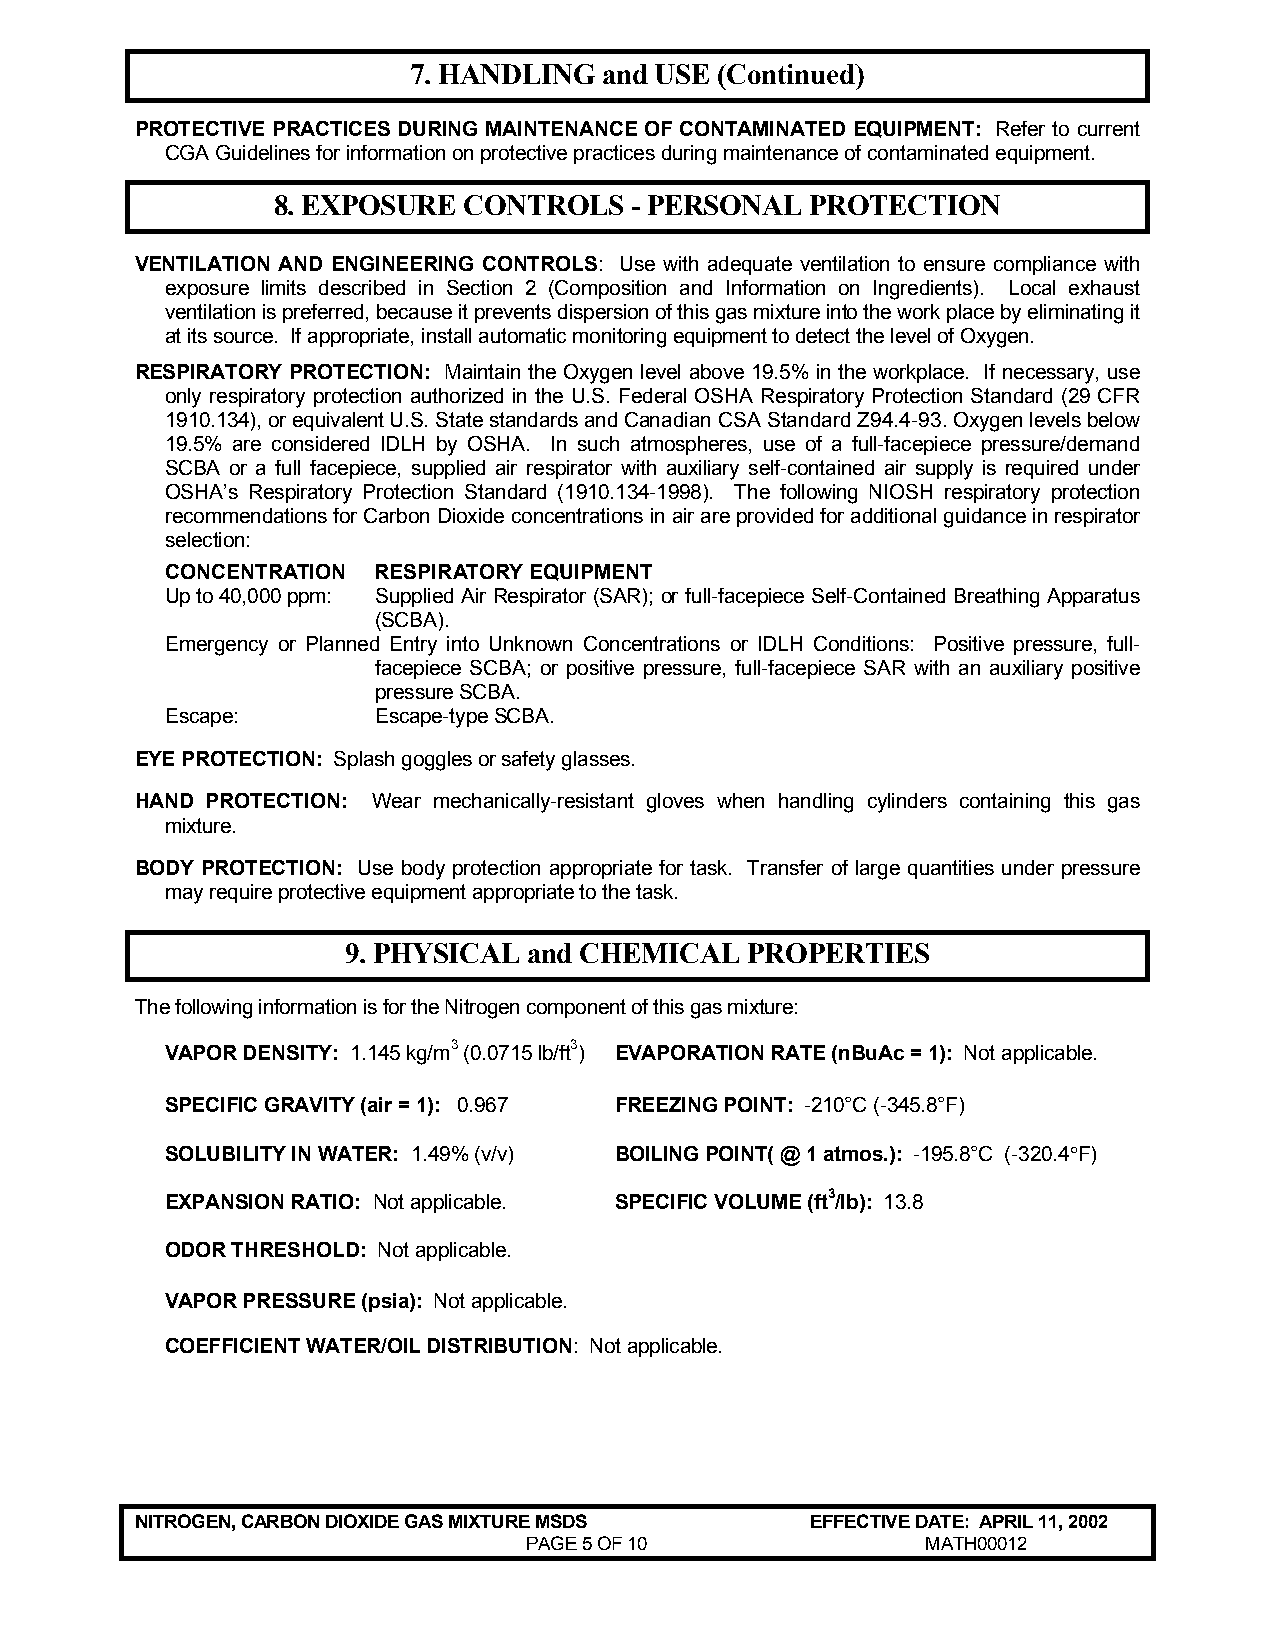
7. HANDLING  and USE (Continued)
 PROTECTIVE PRACTICES DURING MAINTENANCE OF CONTAMINATED EQUIPMENT: Refer to current
 CGA Guidelines for information on protective practices during maintenance of contaminated equipment.
 8. EXPOSURE  CONTROLS   - PERSONAL  PROTECTION
 VENTILATION AND ENGINEERING CONTROLS: Use with adequate ventilation to ensure compliance with
 exposure limits described in Section 2 (Composition and Information on Ingredients). Local exhaust
 ventilation is preferred, because it prevents dispersion of this gas mixture into the work place by eliminating it
 at its source. If appropriate, install automatic monitoring equipment to detect the level of Oxygen.
 RESPIRATORY PROTECTION: Maintain the Oxygen level above 19.5% in the workplace. If necessary, use
 only respiratory protection authorized in the U.S. Federal OSHA Respiratory Protection Standard (29 CFR
 1910.134), or equivalent U.S. State standards and Canadian CSA Standard Z94.4-93. Oxygen levels below
 19.5% are considered IDLH by OSHA. In such atmospheres, use of a full-facepiece pressure/demand
 SCBA or a full facepiece, supplied air respirator with auxiliary self-contained air supply is required under
 OSHA’s Respiratory Protection Standard (1910.134-1998). The following NIOSH respiratory protection
 recommendations for Carbon Dioxide concentrations in air are provided for additional guidance in respirator
 selection:
 CONCENTRATION RESPIRATORY EQUIPMENT
 Up to 40,000 ppm: Supplied Air Respirator (SAR); or full-facepiece Self-Contained Breathing Apparatus
 (SCBA).
 Emergency or Planned Entry into Unknown Concentrations or IDLH Conditions: Positive pressure, full-
 facepiece SCBA; or positive pressure, full-facepiece SAR with an auxiliary positive
 pressure SCBA.
 Escape:       Escape-type SCBA.
 EYE PROTECTION: Splash goggles or safety glasses.
 HAND PROTECTION: Wear mechanically-resistant gloves when handling cylinders containing this gas
 mixture.
 BODY PROTECTION: Use body protection appropriate for task. Transfer of large quantities under pressure
 may require protective equipment appropriate to the task.
 9. PHYSICAL and CHEMICAL  PROPERTIES
 The following information is for the Nitrogen component of this gas mixture:
 VAPOR DENSITY: 1.145 kg/m3 (0.0715 lb/ft3) EVAPORATION RATE (nBuAc = 1): Not applicable.
 SPECIFIC GRAVITY (air = 1): 0.967 FREEZING POINT: -210°C (-345.8°F)
 SOLUBILITY IN WATER: 1.49% (v/v) BOILING POINT( @ 1 atmos.): -195.8°C (-320.4°F)
 EXPANSION RATIO: Not applicable. SPECIFIC VOLUME (ft3/lb): 13.8
 ODOR THRESHOLD: Not applicable.
 VAPOR PRESSURE (psia): Not applicable.
 COEFFICIENT WATER/OIL DISTRIBUTION: Not applicable.
 NITROGEN, CARBON DIOXIDE GAS MIXTURE MSDS    EFFECTIVE DATE: APRIL 11, 2002
 PAGE 5 OF 10              MATH00012